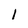
Character: 1